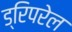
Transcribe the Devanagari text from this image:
ड्रिपरेल